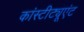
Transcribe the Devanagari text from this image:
कांस्टीट्यूएंट